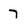
Character: 7